Report on vaccination in Madras 1904-1921 - 1904-1921
Year: 1904
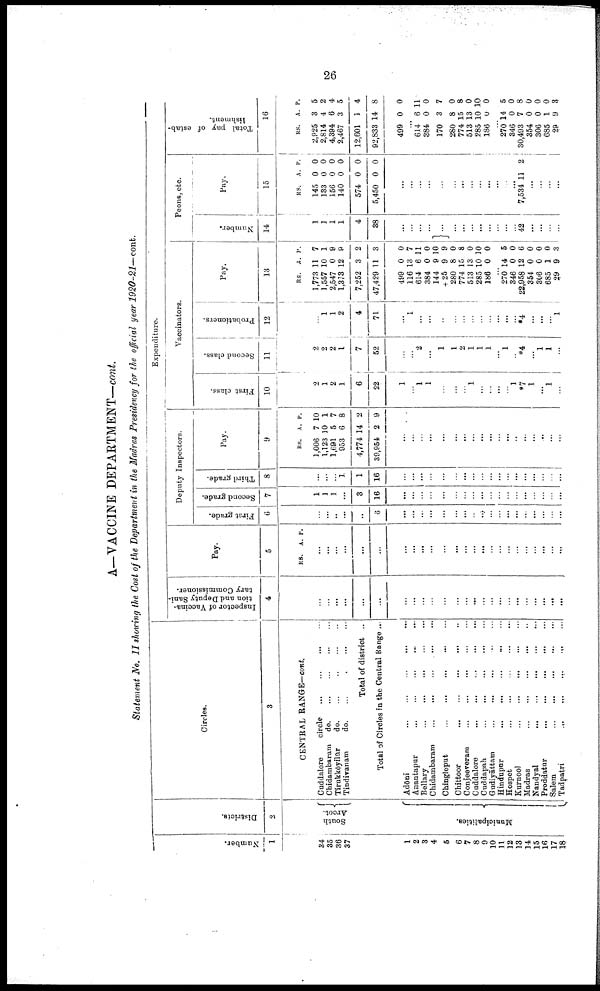
26
A—VACCINE DEPARTMENT—cont.
Statement No. II showing the Cost of the Department in the Madras Presidency for the official year 1920-21—cont.
Number.
1
34
35
36
37
1
2
3
4
5
6
7
8
9
10
11
12
13
14
15
16
17
18
Districts.
2
South
Arcot.
Municipalities.
Circles.
3
CENTRAL RANGE—cont.
Cuddalore
circle
...
...
...
...
Chidambaram
d
o
. ... ... ... ...
Tirukkōyilūr
do.
...
...
...
...
Tindivanam
do.
...
...
...
...
Total of district ...
Total of Circles in the Central Range ...
Adōni
...
...
...
...
...
Anantapur
...
...
...
...
...
Bellary
...
...
...
...
...
Chidambaram ... ... ... ... ...
Chingleput
...
...
...
...
...
Chittoor
...
...
...
...
...
Conjeeveram
...
...
...
...
...
Cuddalore
...
...
...
...
...
Cuddapah
...
...
...
...
...
Gudiyāttam
...
...
...
...
...
Hindupur
...
...
...
...
Hospet
...
...
...
...
...
Kurnool
...
...
...
...
...
Madras
...
...
...
...
...
Nandyal ... ... ... ... ...
Proddatur
...
...
...
...
...
Salem
...
...
...
...
...
Tadpatri
...
...
...
...
...
Expenditure.
Inspector of Vaccina
tion and Deputy Sani
tary Commissioner.
4
...
...
...
...
...
...
...
...
...
...
...
...
...
...
...
...
...
...
...
...
...
...
...
...
Pay.
5
RS. A. P.
...
...
...
...
...
...
...
...
...
...
...
...
...
...
...
...
...
...
...
...
...
...
...
...
Deputy Inspectors.
First grade.
6
...
...
..
...
...
6
...
...
...
...
...
...
...
...
...
...
...
...
...
...
...
...
...
...
Second grade.
7
1
1
1
...
3
16
...
...
...
...
...
...
...
...
...
...
...
...
...
...
...
...
...
...
Third grade.
8
...
...
...
1
1
16
...
...
...
...
...
...
...
...
...
...
...
...
...
...
...
...
...
...
Pay.
9
RS.
1,006
1,123
1,691
953
4,774
39,954
A.
7
10
5
6
14
2
P.
10
1
7
8
2
9
...
...
...
...
...
...
...
...
...
...
...
...
...
...
...
...
...
...
Vaccinators.
First class.
10
2
1
2
1
6
22
1
...
1
1
...
...
...
1
...
...
...
...
1
*7
1
...
1
...
Second class.
11
2
2
2
1
7
52
...
...
2
...
1
1
2
1
1
1
...
1
...
*4
...
1
1
...
Probationers.
12
...
1
1
2
4
71
...
1
...
...
...
...
...
...
...
...
...
...
...
*4
...
...
...
1
Pay.
13
RS.
1,773
1,557
2,547
1,373
7,252
47,429
499
116
614
384
144
+ 25
280
774
513
285
186
A.
11
10
0
12
3
11
0
13
6
0
9
9
8
15
13
10
0
P.
7
1
9
9
2
3
0
7
11
0
10
9
0
8
0
10
0
...
270
346
22,958
354
306
685
29
14
0
12
0
0
1
9
5
0
6
0
0
0
3
Peons, etc.
Number.
14
1
1
1
1
4
38
...
...
...
...
...
...
...
...
...
...
...
...
...
42
...
...
...
...
Pay.
15
RS.
145
133
156
140
574
5,450
A.
0
0
0
0
0
0
P.
0
0
0
0
0
0
...
...
...
...
...
...
...
...
...
...
...
...
...
7,534 11 2
...
...
...
...
Total pay of estab
lishment.
16
RS.
2,925
2,814
4,394
2,467
12,601
92,833
499
...
614
384
170
280
774
513
285
186
A.
3
4
6
3
3
14
0
...
6
0
3
8
15
13
10
0
P.
5
2
4
5
4
8
0
...
11
0
7
0
8
0
10
0
...
270
346
30,493
354
306
685
29
14
0
7
0
0
1
9
5
0
8
0
0
0
3